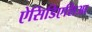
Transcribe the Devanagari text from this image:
ऐसिडिएशिआ